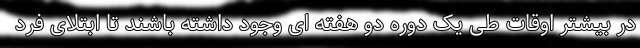
در بیشتر اوقات طی یک دوره دو هفته ای وجود داشته باشند تا ابتلای فرد